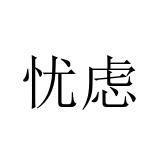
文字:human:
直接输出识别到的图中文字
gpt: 忧虑